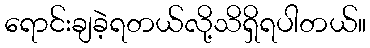
ရောင်းချခဲ့ရတယ်လို့သိရှိရပါတယ်။